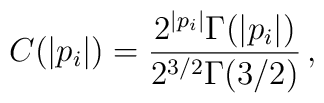
C(|p_i|)=\frac{2^{|p_i|}\Gamma(|p_i|)}{2^{3/2}\Gamma(3/2)} \,,